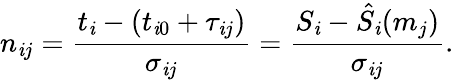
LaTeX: n_{\mathit{i}j}=\frac{{t_{\mathit{i}}-(t_{\mathit{i}0}+\tau_{\mathit{i}j})}}{{\sigma_{\mathit{i}j}}}=\frac{{S_{\mathit{i}}-\hat{{S_{\mathit{i}}}}(m_{j})}}{{\sigma_{\mathit{i}j}}}.